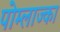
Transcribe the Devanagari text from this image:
पोम्लाज्का